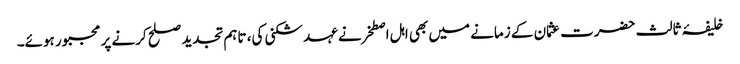
خلیفۂ ثالث حضرت عثمان کے زمانے میں بھی اہل اصطخرنے عہد شکنی کی، تاہم تجدید صلح کرنے پر مجبور ہوئے۔